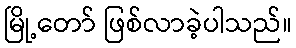
မြို့တော် ဖြစ်လာခဲ့ပါသည်။